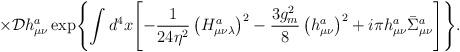
LaTeX: \begin{align*}\times {\cal D}h_{\mu\nu}^a\exp\Biggl\{\int d^4x\Biggl[-\frac{1}{24\eta^2}\left(H_{\mu\nu\lambda}^a\right)^2-\frac{3g_m^2}{8}\left(h_{\mu\nu}^a\right)^2+i\pi h_{\mu\nu}^a\bar\Sigma_{\mu\nu}^a\Biggr]\Biggr\}.\end{align*}